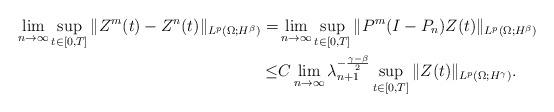
LaTeX: \begin{align*}\lim_{n\rightarrow\infty}\sup_{t\in[0,T]}\|Z^m(t)-Z^{n}(t)\|_{L^p(\Omega;H^\beta)}=&\lim_{n\rightarrow\infty}\sup_{t\in[0,T]}\|P^m(I-P_n) Z(t)\|_{L^p(\Omega;H^\beta)}\\\leq&C\lim_{n\rightarrow\infty} \lambda_{n+1}^{-\frac{\gamma-\beta}2}\sup_{t\in[0,T]}\|Z(t)\|_{L^p(\Omega;H^\gamma)}. \end{align*}